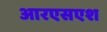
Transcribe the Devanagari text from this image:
आरएसएश